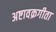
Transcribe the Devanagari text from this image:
अष्टावक्रगीता